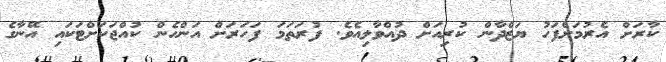
ކާރަށް އެރުމަށްފަހު ޔަޒްދާން ކުރިއަށް ދުއްވާލިއެވެ. ފުރަތަމަ ފަހަރަށް އަންހެން ކުއްޖަކަށްޓަކައި އޭނާގެ